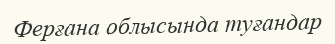
Ферғана облысында туғандар